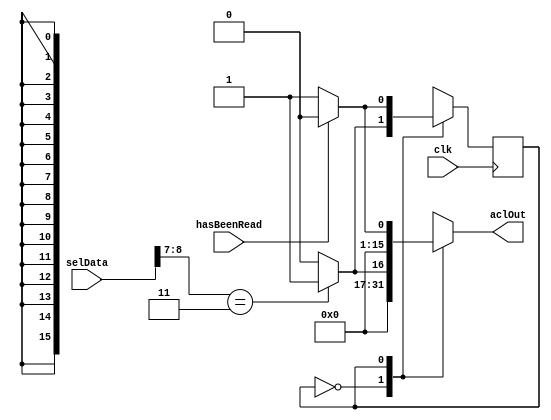
`timescale 1ns / 1ps
//////////////////////////////////////////////////////////////////////////////////
// Company: 
// Engineer: 
// 
// Design Name: 
// Module Name:    ACL_Controller 
// Project Name: 
// Target Devices: 
// Tool versions: 
// Description: 
//
// Dependencies: 
//
// Revision: 
// Revision 0.01 - File Created
// Additional Comments: 
//
//////////////////////////////////////////////////////////////////////////////////
module ACL_Controller(
    input clk,
	 input hasBeenRead,
	 input [9:0]selData,
	 output reg [15:0]aclOut
	 );

	 reg PS, NS;
	 parameter receive = 1'b0, send = 1'b1;
	 
	 initial aclOut = 16'b0;
	 initial PS = receive;
	 
	 always@(posedge clk) begin
		PS <= NS;	
	 end
	 
	 always@(*) begin
		case(PS)
			//receive singal from accelerameter
			receive: begin
				if(selData[8:7] == 2'b11) begin //above threshold
					aclOut = 16'b1;
					NS = send;
				end
				else begin
					aclOut = 16'b0;
					NS = receive;
				end
			end
			
			send: begin
				if(hasBeenRead) begin
					aclOut = 16'b0;
					NS = receive;
				end
				else begin
					aclOut = 16'b1;
					NS = send;
				end
			end
			
			default: begin
				NS = receive;
				aclOut = 16'b0;
			end
		endcase
	 end
endmodule